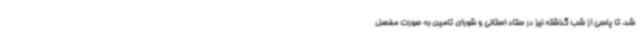
شد. تا پاسی از شب گذشته نیز در ستاد استانی و شورای تامین به صورت مفصل